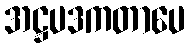
အဋ္ဌပဒကတာပေ